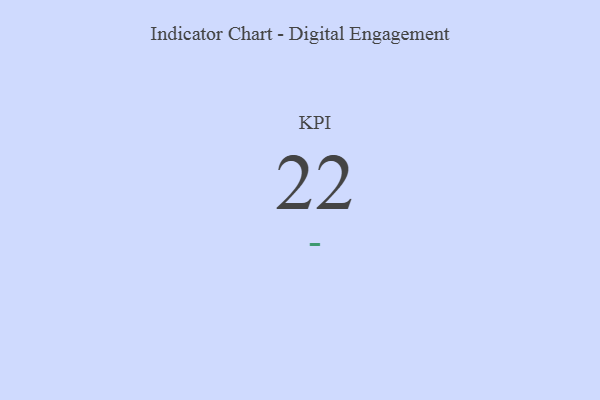
{"axis": {"x": "KPI", "y": "Value"}, "legend": [""], "data": [{"x": "KPI", "y": 22, "type": ""}]}